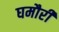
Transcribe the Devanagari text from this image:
घमौरी